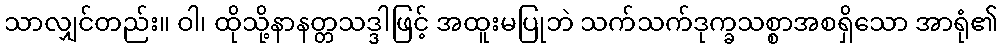
သာလျှင်တည်း။ ဝါ၊ ထိုသို့နာနတ္တသဒ္ဒါဖြင့် အထူးမပြုဘဲ သက်သက်ဒုက္ခသစ္စာအစရှိသော အာရုံ၏